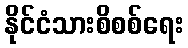
နိုင်ငံသားစိစစ်ရေး